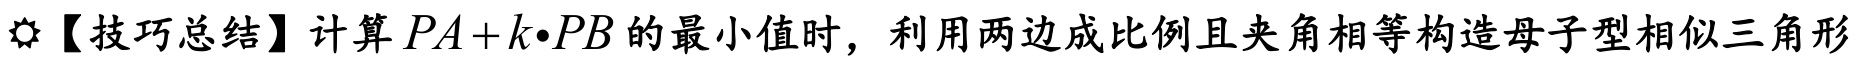
【技巧总结】计算\(PA + k\cdot PB\)的最小值时，利用两边成比例且夹角相等构造母子型相似三角形